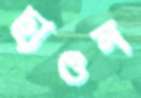
ছাওন